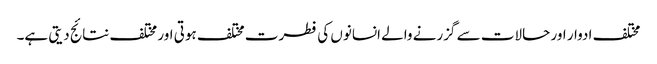
مختلف ادوار اور حالات سے گزرنے والے انسانوں کی فطرت مختلف ہوتی اور مختلف نتائج دیتی ہے۔